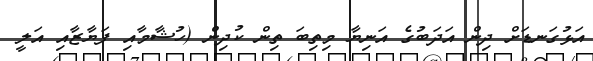
އަޅުގަނޑަށް ދިން އަދަބުގެ އަނިޔާ މިތިބަ ތިން ކުދިން (ހުޝާމާއި ފަޔާޒާއި އަލީ